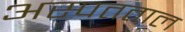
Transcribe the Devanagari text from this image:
अस्पतताल